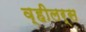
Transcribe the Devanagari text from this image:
व्हीलर्स